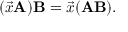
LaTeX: ( { \vec { x } } \mathbf { A } ) \mathbf { B } = { \vec { x } } ( \mathbf { A B } ) .